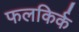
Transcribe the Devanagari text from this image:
फलकिर्क